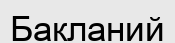
Бакланий